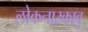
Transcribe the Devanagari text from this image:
लोकनारकावु